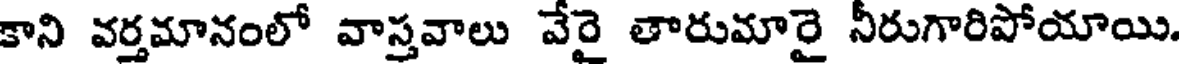
కాని వర్తమానంలో వాస్తవాలు వేరై తారుమారై నీరుగారిపోయాయి